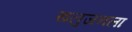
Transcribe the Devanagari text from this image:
खलुजनला